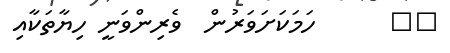
٤١      ހަމަކަށަވަރުން  ވެރިންވަނީ ހިޔާތަކާއި